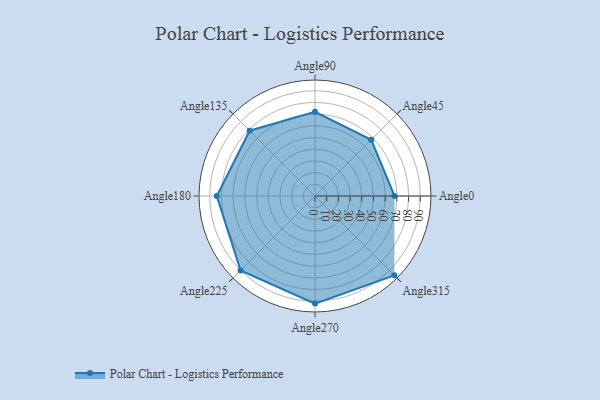
{"axis": {"x": "Angle", "y": "Radius"}, "legend": [""], "data": [{"x": "Angle0", "y": 68.0, "type": ""}, {"x": "Angle45", "y": 68.0, "type": ""}, {"x": "Angle90", "y": 72.0, "type": ""}, {"x": "Angle135", "y": 79.0, "type": ""}, {"x": "Angle180", "y": 84.0, "type": ""}, {"x": "Angle225", "y": 90.0, "type": ""}, {"x": "Angle270", "y": 92.0, "type": ""}, {"x": "Angle315", "y": 96.0, "type": ""}]}